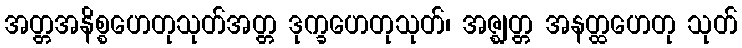
အတ္တအနိစ္စဟေတုသုတ်အတ္တ ဒုက္ခဟေတုသုတ်၊ အဇ္ဈတ္တ အနတ္ထဟေတု သုတ်